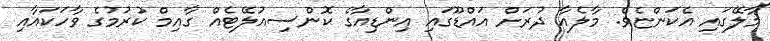
މާލޭގައި އެކަންޏެެވެ. މާލެއާ ދުރަށް އައްޑޫގައި އިންޑިއާގެ ކޮންސިއުލޭޓެއް ގާއިމް ކުރުމުގެ ވާހަކައާއި